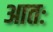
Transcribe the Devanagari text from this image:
आतः